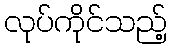
လုပ်ကိုင်သည့်